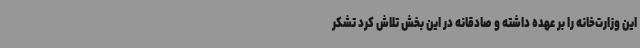
این وزارت‌خانه را بر عهده داشته و صادقانه در این بخش تلاش کرد تشکر